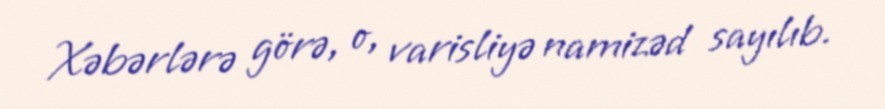
Xəbərlərə görə, o, varisliyə namizəd sayılıb.